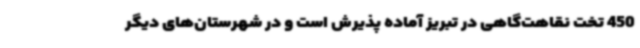
450 تخت نقاهت‌گاهی در تبریز آماده پذیرش است و در شهرستان‌های دیگر